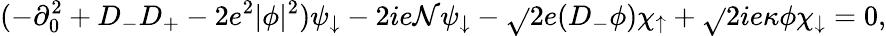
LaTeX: (-\partial_{0}^{2}+D_{-}D_{+}-2e^{2}|\phi|^{2})\psi_{\downarrow}-2ie\mathcal{N}\psi_{\downarrow}-\sqrt{}{{2}}e(D_{-}\phi)\chi_{\uparrow}+\sqrt{}{{2}}ie\kappa\phi\chi_{\downarrow}=0,